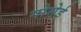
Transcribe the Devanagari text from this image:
गोसेई